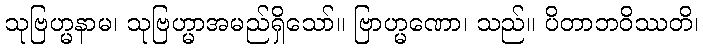
သုဗြဟ္မနာမ၊ သုဗြဟ္မာအမည်ရှိသော်။ ဗြာဟ္မဏော၊ သည်။ ပိတာဘဝိဿတိ၊